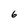
Character: 6